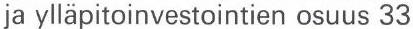
ja ylläpitoinvestointien osuus 33